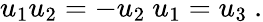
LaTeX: u_{1}u_{2}=-u_{2}\ u_{1}=u_{3}~.